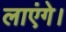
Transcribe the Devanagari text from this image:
लाएंगे।